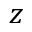
z